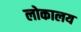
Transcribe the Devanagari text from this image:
लोकालय